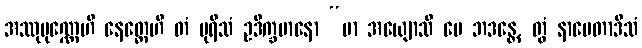
အဿုပုဏ္ဏေဟိ နေတ္တေဟိ တံ ပုရိသံ ဥဒိက္ခမာနော “မာ အယျောသိ မေ ဘဒန္တေ, တွံ နာမေတာဒိသံ